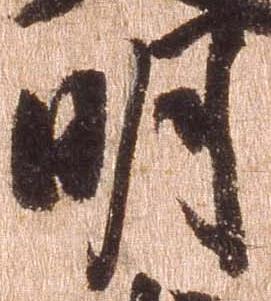
明